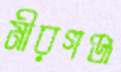
মীরগঞ্জ